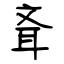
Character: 斊